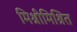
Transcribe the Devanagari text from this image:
मिश्रीमिश्रित